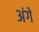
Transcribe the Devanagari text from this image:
अंगें